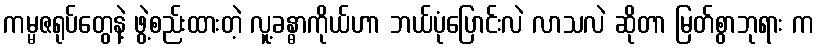
ကမ္မဇရုပ်တွေနဲ့ ဖွဲ့စည်းထားတဲ့ လူ့ခန္ဓာကိုယ်ဟာ ဘယ်ပုံပြောင်းလဲ လာသလဲ ဆိုတာ မြတ်စွာဘုရား က